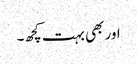
اور بھی بہت کچھ۔